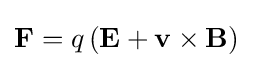
\mathbf {F} =q\left(\mathbf {E} +\mathbf {v} \times \mathbf {B} \right)